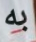
به